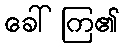
ခေါ်ကြ၏